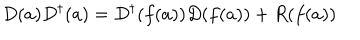
D ( a ) D ^ { \dagger } ( a ) = D ^ { \dagger } ( f ( a ) ) D ( f ( a ) ) + R ( f ( a ) )